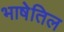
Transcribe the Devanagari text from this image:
भाषेतिल